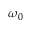
\omega _ { 0 }